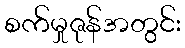
စက်မှုဇုန်အတွင်း